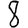
Digit: 8